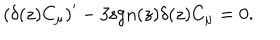
LaTeX: \left( \delta ( z ) C _ { \mu } \right) ^ { \prime } - 3 \mathrm { s g n } ( z ) \delta ( z ) C _ { \mu } = 0 .